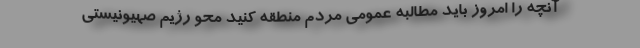
آنچه را امروز باید مطالبه عمومی مردم منطقه کنید محو رژیم صهیونیستی